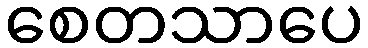
စေတသာပေ